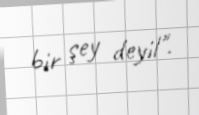
bir şey deyil".